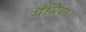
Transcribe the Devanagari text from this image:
गैंबिया